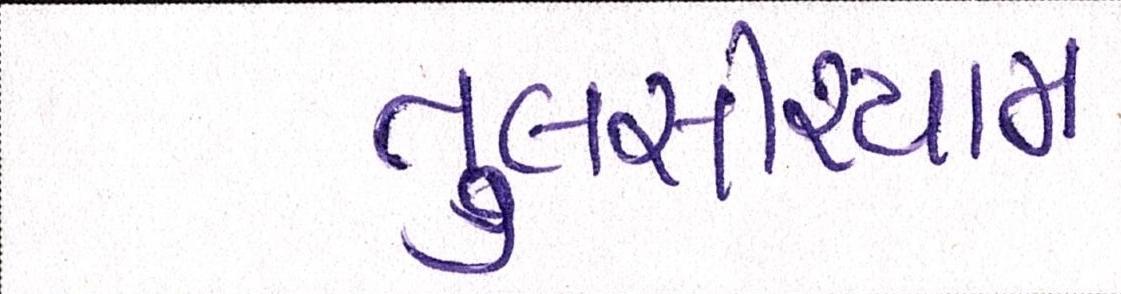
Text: તુલસીશ્યામ